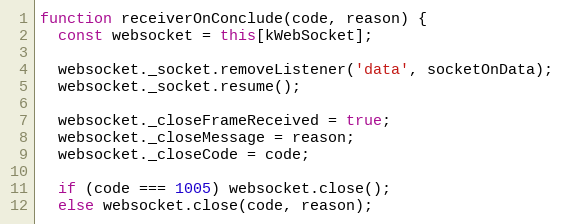
Language: JavaScript
function receiverOnConclude(code, reason) {
  const websocket = this[kWebSocket];

  websocket._socket.removeListener('data', socketOnData);
  websocket._socket.resume();

  websocket._closeFrameReceived = true;
  websocket._closeMessage = reason;
  websocket._closeCode = code;

  if (code === 1005) websocket.close();
  else websocket.close(code, reason);